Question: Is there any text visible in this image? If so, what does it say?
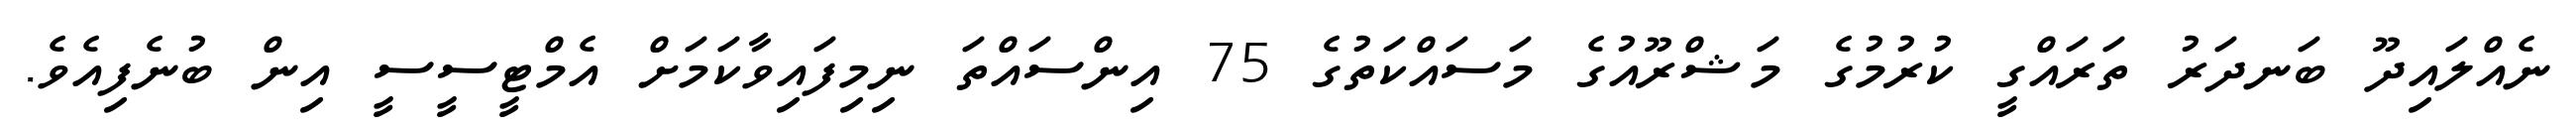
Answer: ނެއްލައިދޫ ބަނދަރު ތަރައްގީ ކުރުމުގެ މަޝްރޫއުގެ މަސައްކަތުގެ 75 އިންސައްތަ ނިމިފައިވާކަމަށް އެމްޓީސީސީ އިން ބުނެފިއެވެ.